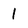
Character: I